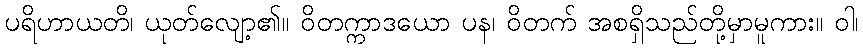
ပရိဟာယတိ၊ ယုတ်လျော့၏။ ဝိတက္ကာဒယော ပန၊ ဝိတက် အစရှိသည်တို့မှာမူကား။ ဝါ၊